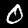
Label: 0